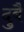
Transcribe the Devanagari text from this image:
दुबै